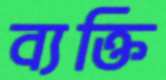
ব্যক্তি